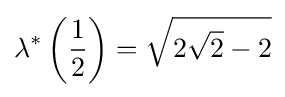
\lambda ^{*}\left({\frac {1}{2}}\right)={\sqrt {2{\sqrt {2}}-2}}